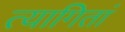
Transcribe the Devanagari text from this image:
त्यागितां